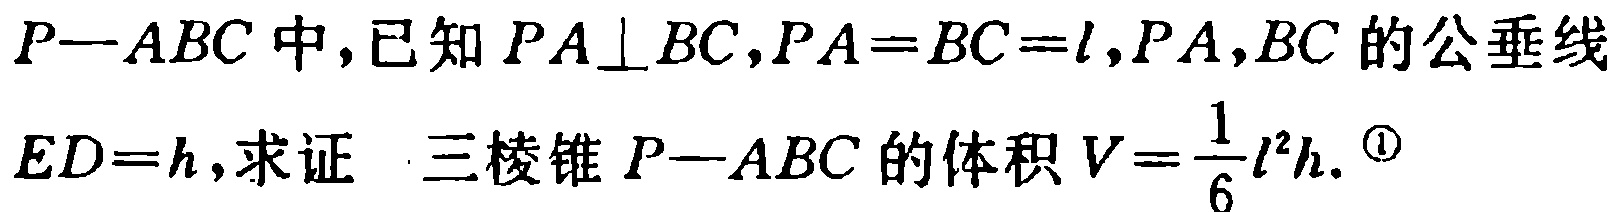
在三棱锥 \(P - ABC\) 中，已知 \(PA\perp BC\)，\(PA = BC = l\)，\(PA\)，\(BC\) 的公垂线 \(ED = h\)，求证：三棱锥 \(P - ABC\) 的体积 \(V=\frac{1}{6}l^{2}h\)。